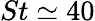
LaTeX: St\simeq 40